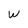
Character: W